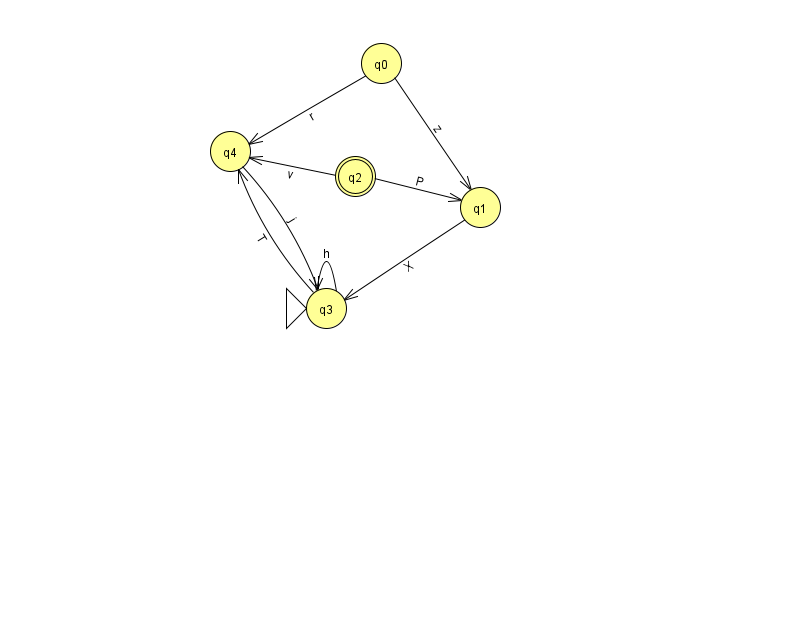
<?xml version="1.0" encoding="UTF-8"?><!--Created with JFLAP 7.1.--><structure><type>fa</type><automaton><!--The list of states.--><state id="0" name="q0"><x>381.0</x><y>50.0</y></state><state id="1" name="q1"><x>480.0</x><y>194.0</y></state><state id="2" name="q2"><x>355.0</x><y>163.0</y><final/></state><state id="3" name="q3"><x>326.0</x><y>295.0</y><initial/></state><state id="4" name="q4"><x>230.0</x><y>138.0</y></state><!--The list of transitions.--><transition><from>1</from><to>3</to><read>X</read></transition><transition><from>2</from><to>1</to><read>P</read></transition><transition><from>2</from><to>4</to><read>v</read></transition><transition><from>0</from><to>1</to><read>z</read></transition><transition><from>4</from><to>3</to><read>j</read></transition><transition><from>3</from><to>3</to><read>h</read></transition><transition><from>0</from><to>4</to><read>r</read></transition><transition><from>3</from><to>4</to><read>T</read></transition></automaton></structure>